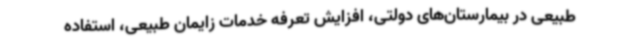
طبیعی در بیمارستان‌های دولتی، افزایش تعرفه خدمات زایمان طبیعی، استفاده